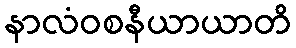
နာလံဝစနီယာယာတိ